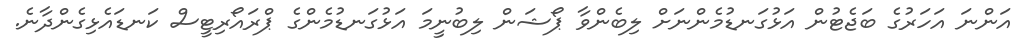
އަންނަ އަހަރުގެ ބަޖެޓުން އަޅުގަނޑުމެންނަށް ލިބެންވާ ޕޯޝަން ލިބުނީމަ އަޅުގަނޑުމެންގެ ޕްރައޯރިޓީސް ކަނޑައެޅިގެންދާނެ.